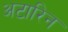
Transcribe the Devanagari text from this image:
अटारिन